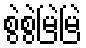
စွဲစွဲမြဲမြဲ